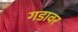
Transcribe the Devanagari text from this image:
गडावर